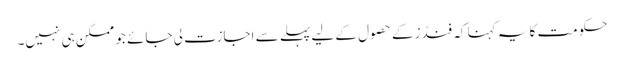
حکومت کا یہ کہنا کہ فنڈز کے حصول کے لیے پہلے سے اجازت لی جائے جو ممکن ہی نہیں۔